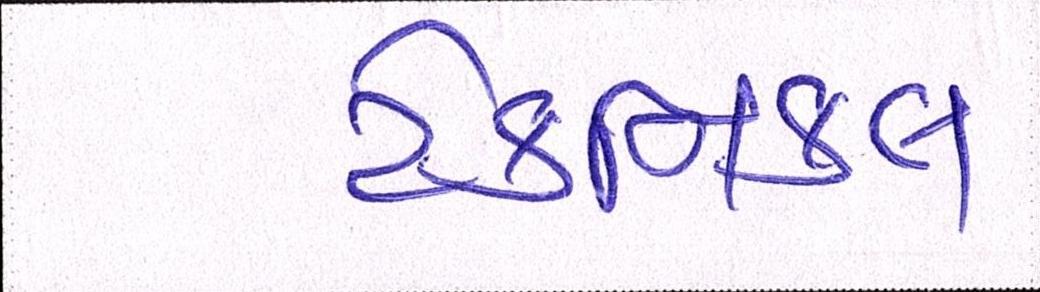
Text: ટેકનિકલ